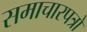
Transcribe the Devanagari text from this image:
समाचारपत्रो